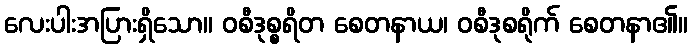
လေးပါးအပြားရှိသော။ ဝစီဒုစ္စရိတ စေတနာယ၊ ဝစီဒုစရိုက် စေတနာ၏။